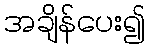
အချိန်ပေး၍